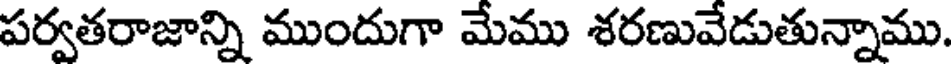
పర్వతరాజాన్ని ముందుగా మేము శరణువేడుతున్నాము.